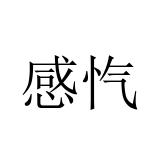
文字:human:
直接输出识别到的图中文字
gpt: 感忾